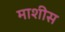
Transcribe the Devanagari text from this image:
माशीस